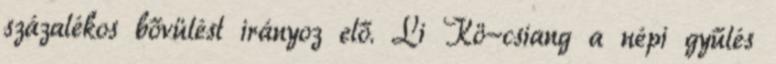
százalékos bővülést irányoz elő. Li Kö-csiang a népi gyűlés